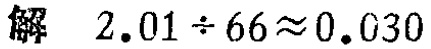
解 \(2.01\div 66\approx 0.030\)